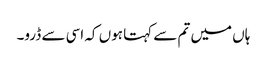
ہاں میں تم سے کہتا ہوں کہ اسی سے ڈرو۔